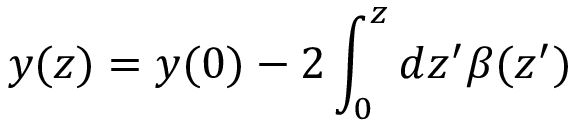
y ( z ) = y ( 0 ) - 2 \int _ { 0 } ^ { z } d z ^ { \prime } \beta ( z ^ { \prime } )